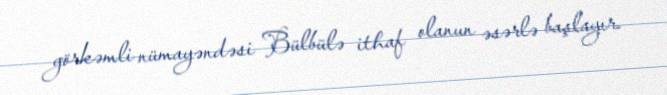
görkəmli nümayəndəsi Bülbülə ithaf olanun əsərlə başlayır.